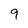
Character: 9